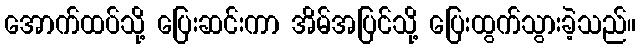
အောက်ထပ်သို့ ပြေးဆင်းကာ အိမ်အပြင်သို့ ပြေးထွက်သွားခဲ့သည်။